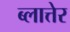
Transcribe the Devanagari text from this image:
ब्लात्तेर